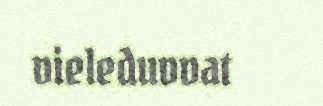
vieleduvvat